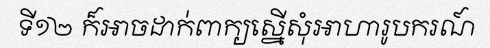
ទី១២ ក៏អាចដាក់ពាក្យស្នើសុំអាហារូបករណ៍